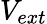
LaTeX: V_{ext}